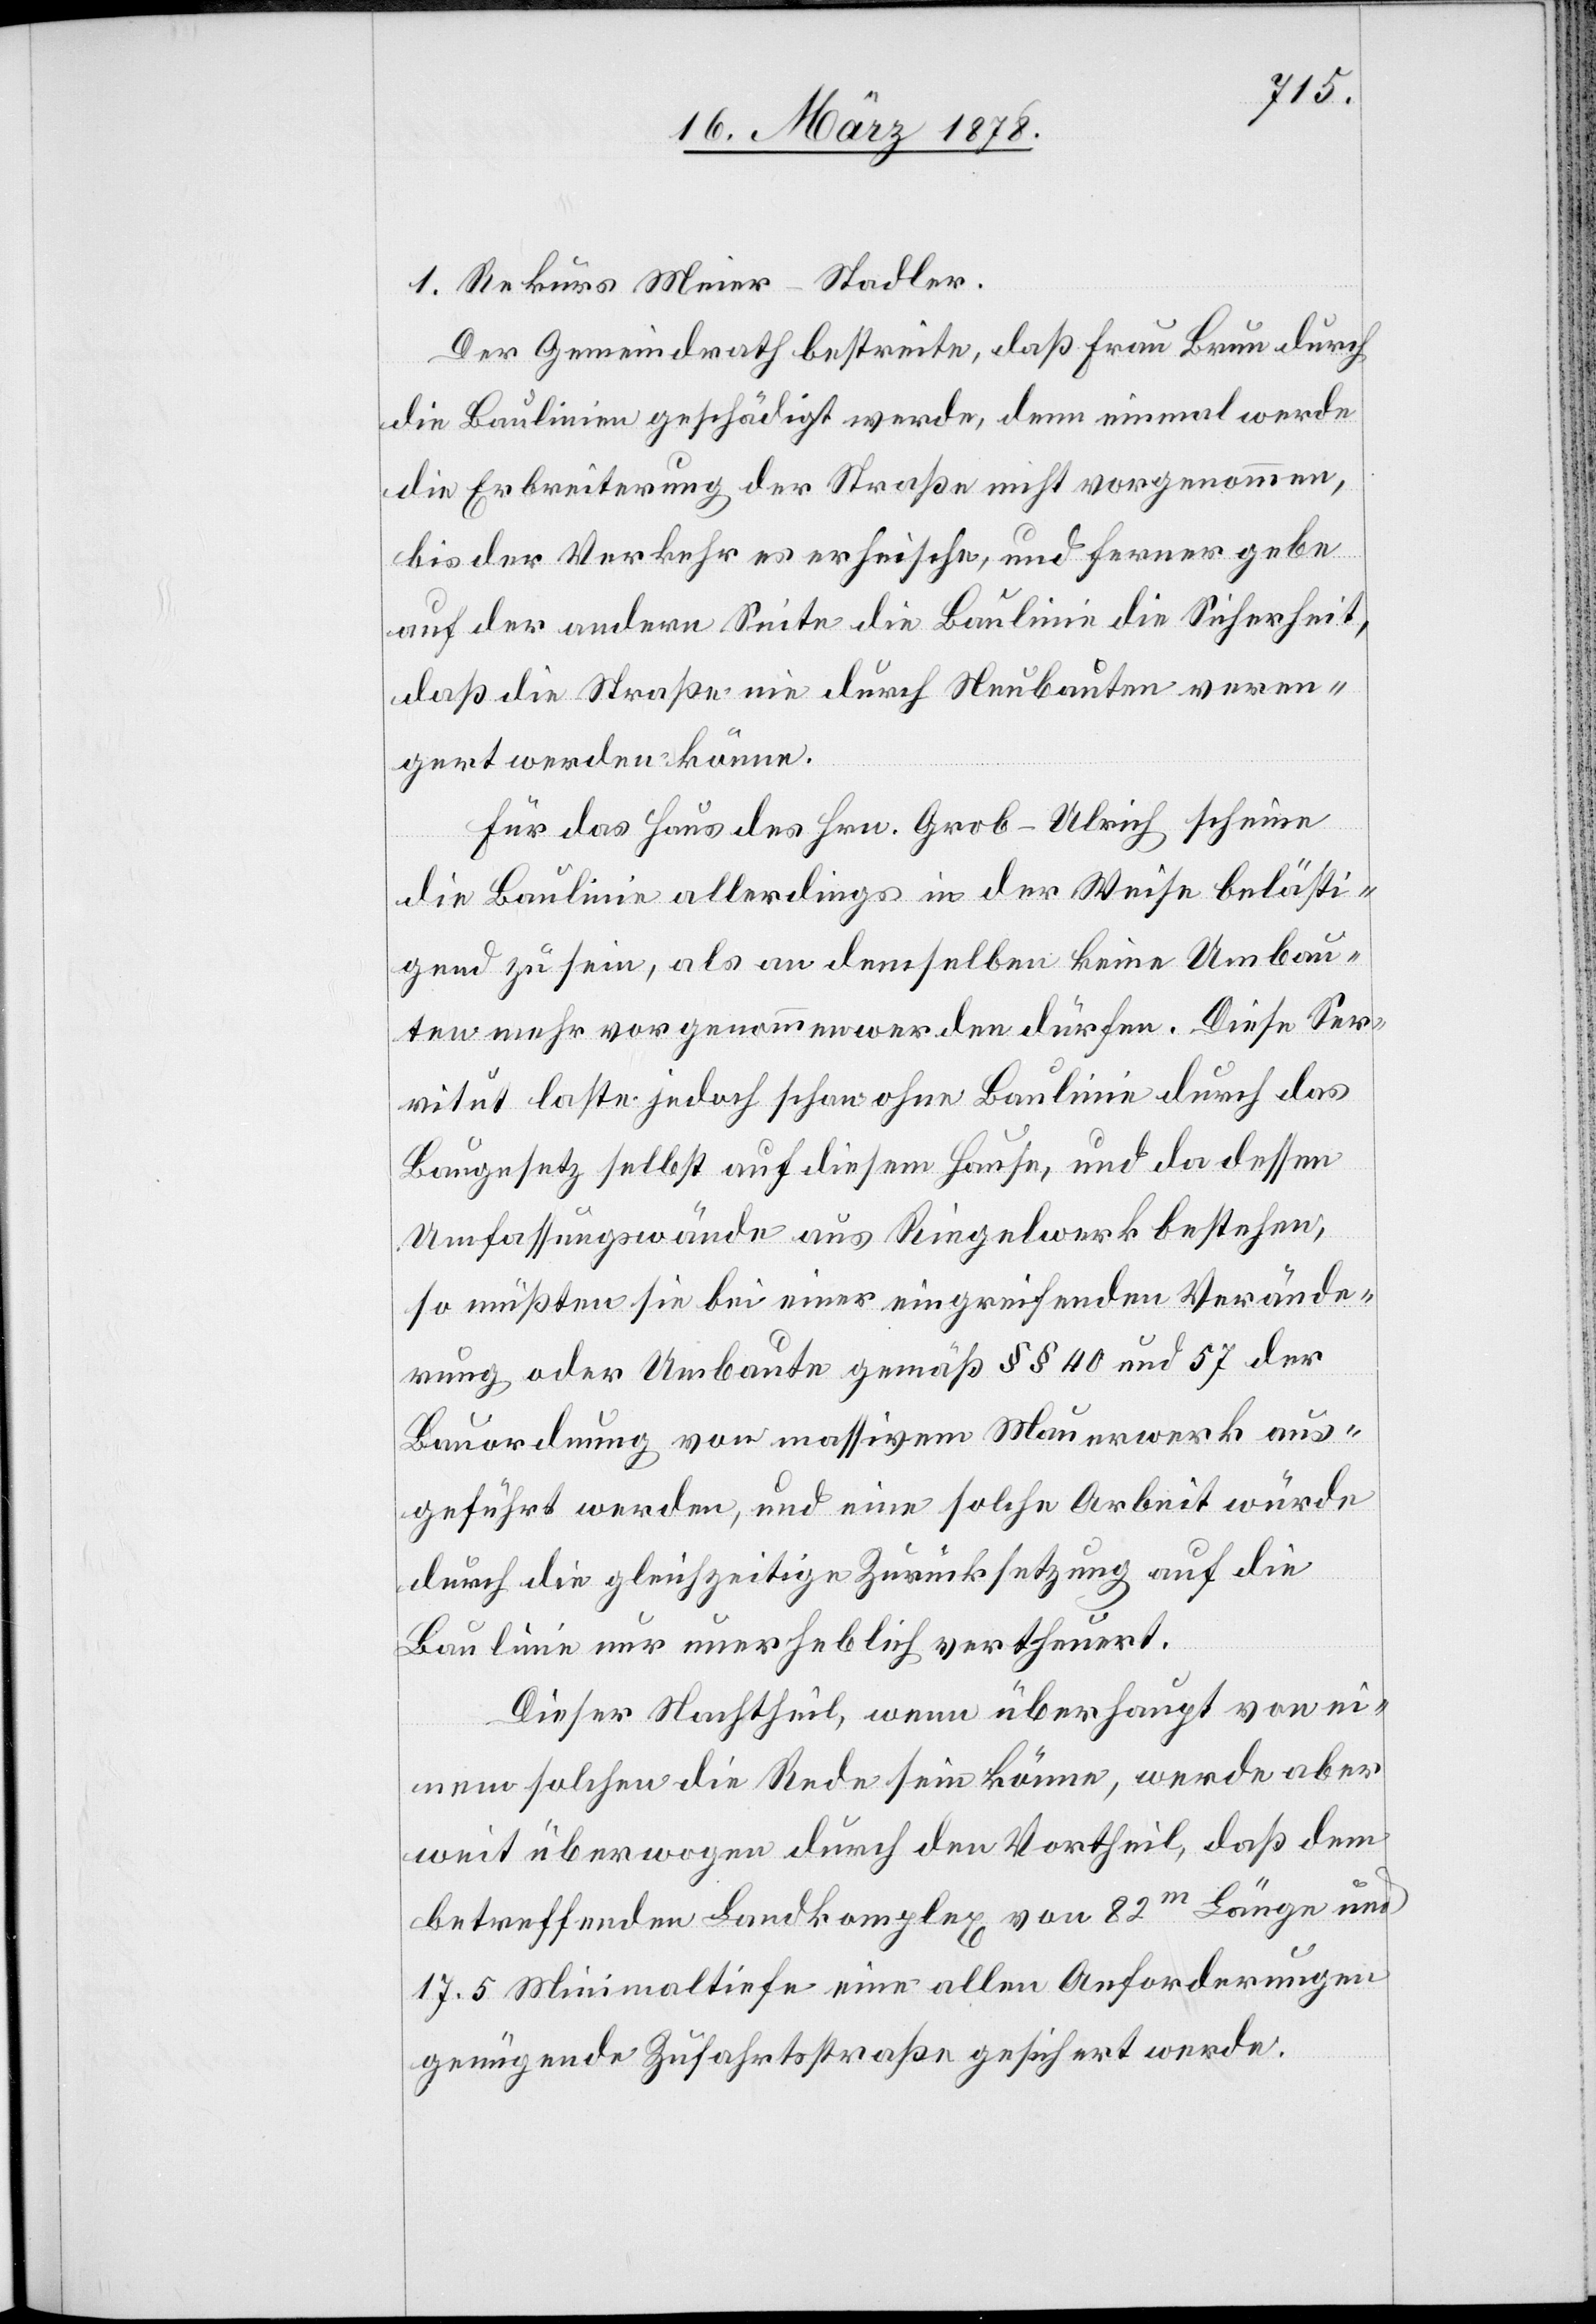
1. Rekurs Meier-Stadler.
Der Gemeindrath bestreite, daß Frau Brun durch
die Baulinien geschädigt werde, denn einmal werde
die Erbreiterung der Straße nicht vorgenommen,
bis der Verkehr es erheische, und ferner gebe
auf der andern Seite die Baulinie die Sicherheit,
daß die Straße nie durch Neubauten veren¬
gert werden könne.
Für das Haus des Hrn. Grob-Ulrich scheine
die Baulinie allerdings in der Weise belästi¬
gend zu sein, als an demselben keine Umbau¬
ten mehr vorgenommen werden dürfen. Diese Ser¬
vitut laste jedoch schon ohne Baulinie durch das
Baugesetz selbst auf diesem Hause, und da dessen
Umfassungswände aus Riegelwerk bestehen,
so müßten sie bei einer eingreifenden Verände¬
rung oder Umbaute gemäß §§ 40 und 57 der
Bauordnung von massivem Mauerwerk aus¬
geführt werden, und eine solche Arbeit würde
durch die gleichzeitige Zurücksetzung auf die
Baulinie nur unerheblich vertheuert.
Dieser Nachtheil, wenn überhaupt von ei¬
nem solchen die Rede sein könne, werde aber
weit überwogen durch den Vortheil, das dem
betreffenden Landkomplex von 82m Länge und
17.5 Minimaltiefe eine allen Anforderungen
genügende Zufahrtsstraße gesichert werde.